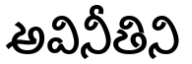
అవినీతిని